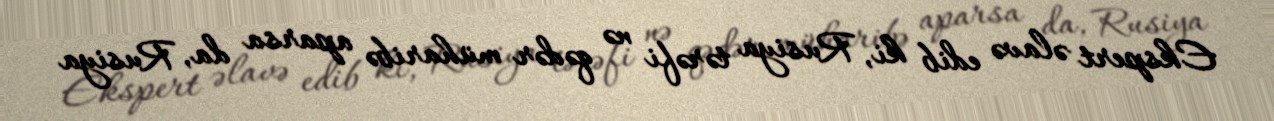
Ekspert əlavə edib ki, Rusiya tərəfi nə qədər müharibə aparsa da, Rusiya